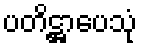
ပတိဋ္ဌာပေသုံ